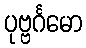
ပုဗ္ဗင်္ဂမော